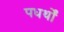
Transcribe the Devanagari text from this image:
पधर्थों